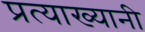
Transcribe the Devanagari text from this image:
प्रत्याख्यानी